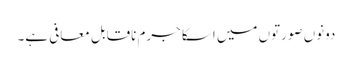
دونوں صورتوں میں اسکا جرم ناقابل معافی ہے۔